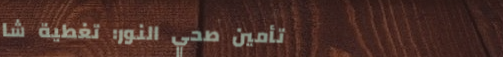
تأمين صحي النور: تغطية شا